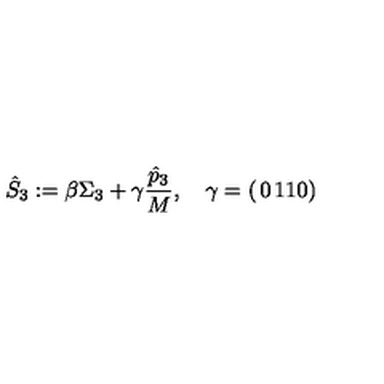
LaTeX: \hat { S } _ { 3 } : = \beta \Sigma _ { 3 } + \gamma { \frac { \hat { p } _ { 3 } } { M } } , \quad \gamma = \left( \begin{matrix} { 0 } & { 1 } \\ { 1 } & { 0 } \\ \end{matrix} \right)